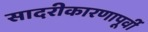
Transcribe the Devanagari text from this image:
सादरीकारणापूर्वी